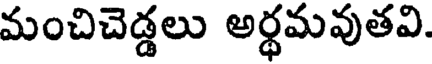
మంచిచెడ్డలు అర్థమవుతవి.